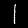
Digit: 1